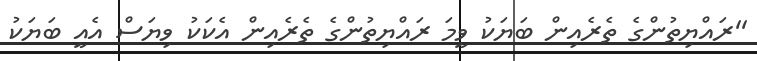
''ރައްޔިތުންގެ ތެރެއިން ބަޔަކު ވީމަ ރައްޔިތުންގެ ތެރެއިން އެކަކު ވިޔަސް އެއީ ބަޔަކު